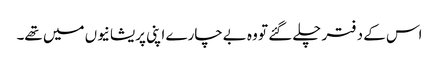
اس کے دفتر چلے گئے تو وہ بےچارے اپنی پریشانیوں میں تھے۔